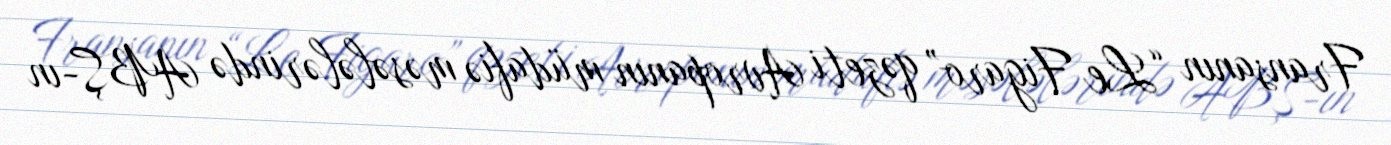
Fransanın “Le Figaro” qəzeti Avropanın müdafiə məsələlərində ABŞ-ın